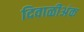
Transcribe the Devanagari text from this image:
दिवाळीअंक